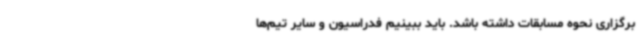
برگزاری نحوه مسابقات داشته باشد. باید ببینیم فدراسیون و سایر تیم‌ها